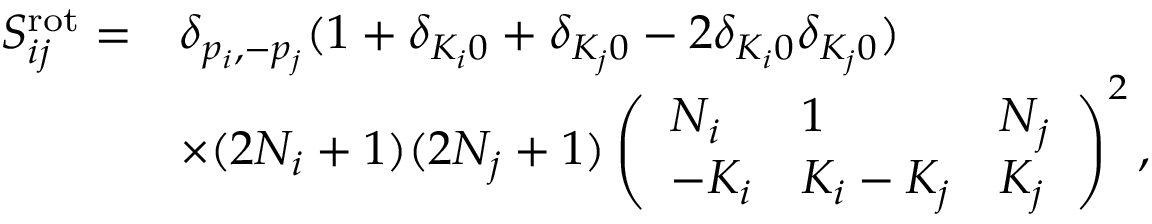
\begin{array} { r l } { S _ { i j } ^ { \mathrm { r o t } } = } & { \delta _ { p _ { i } , - p _ { j } } ( 1 + \delta _ { K _ { i } 0 } + \delta _ { K _ { j } 0 } - 2 \delta _ { K _ { i } 0 } \delta _ { K _ { j } 0 } ) } \\ & { \times ( 2 N _ { i } + 1 ) ( 2 N _ { j } + 1 ) \left( \begin{array} { l l l } { N _ { i } } & { 1 } & { N _ { j } } \\ { - K _ { i } } & { K _ { i } - K _ { j } } & { K _ { j } } \end{array} \right) ^ { 2 } , } \end{array}